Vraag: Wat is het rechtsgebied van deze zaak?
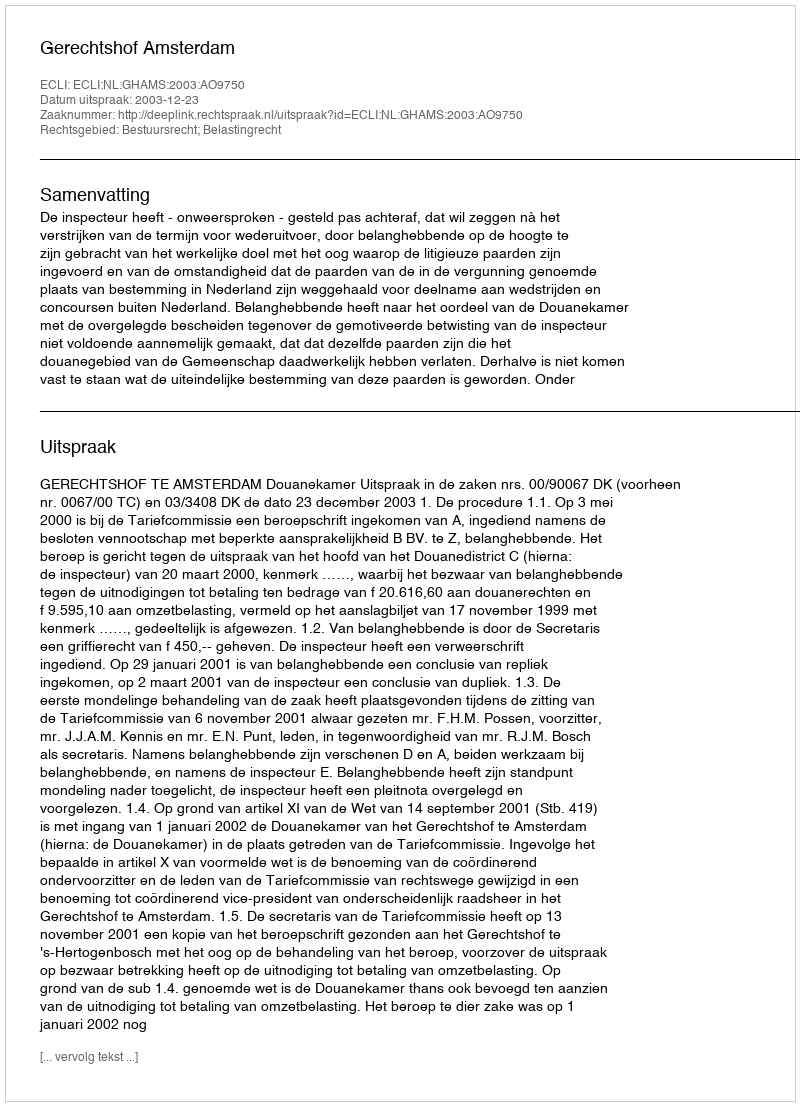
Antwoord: Bestuursrecht; Belastingrecht